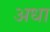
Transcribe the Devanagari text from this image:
अधा